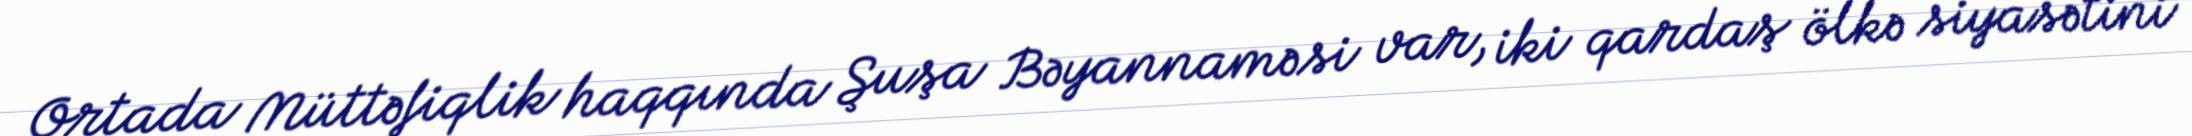
Ortada Müttəfiqlik haqqında Şuşa Bəyannaməsi var, iki qardaş ölkə siyasətini